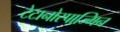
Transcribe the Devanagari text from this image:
टेटानोस्पाज्मिन